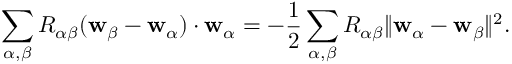
\begin{array} { r } { \displaystyle \sum _ { \alpha , { \beta } } R _ { \alpha { \beta } } ( \mathbf { w } _ { \beta } - \mathbf { w } _ { \alpha } ) \cdot \mathbf { w } _ { \alpha } = - \frac { 1 } { 2 } \displaystyle \sum _ { \alpha , { \beta } } R _ { \alpha { \beta } } \| \mathbf { w } _ { \alpha } - \mathbf { w } _ { \beta } \| ^ { 2 } . } \end{array}